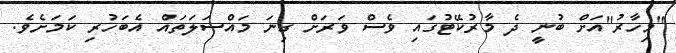
"މިހާރު"އަށް ބުނީ ދެ މާރުކޭޓުގައި ވެސް ވަރަށް ގިނަ މައްސަލަތައް އެބަހުރި ކަމަށެވެ.